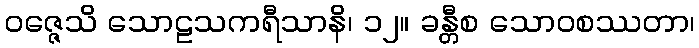
ဝဇ္ဇေသိ သောဠသကရီသာနိ၊ ၁၂။ ခန္တီစ သောဝစဿတာ၊